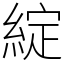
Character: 綻